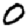
Digit: 0